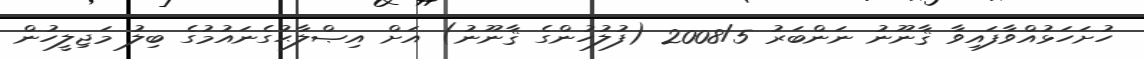
ހުށަހަޅުއްވާފައިވާ ޤާނޫނު ނަންބަރު 2008/5 (ފުލުހުންގެ ޤާނޫނު) އަށް އިޞްލާޙުގެނައުމުގެ ބިލު މަޖިލީހުން